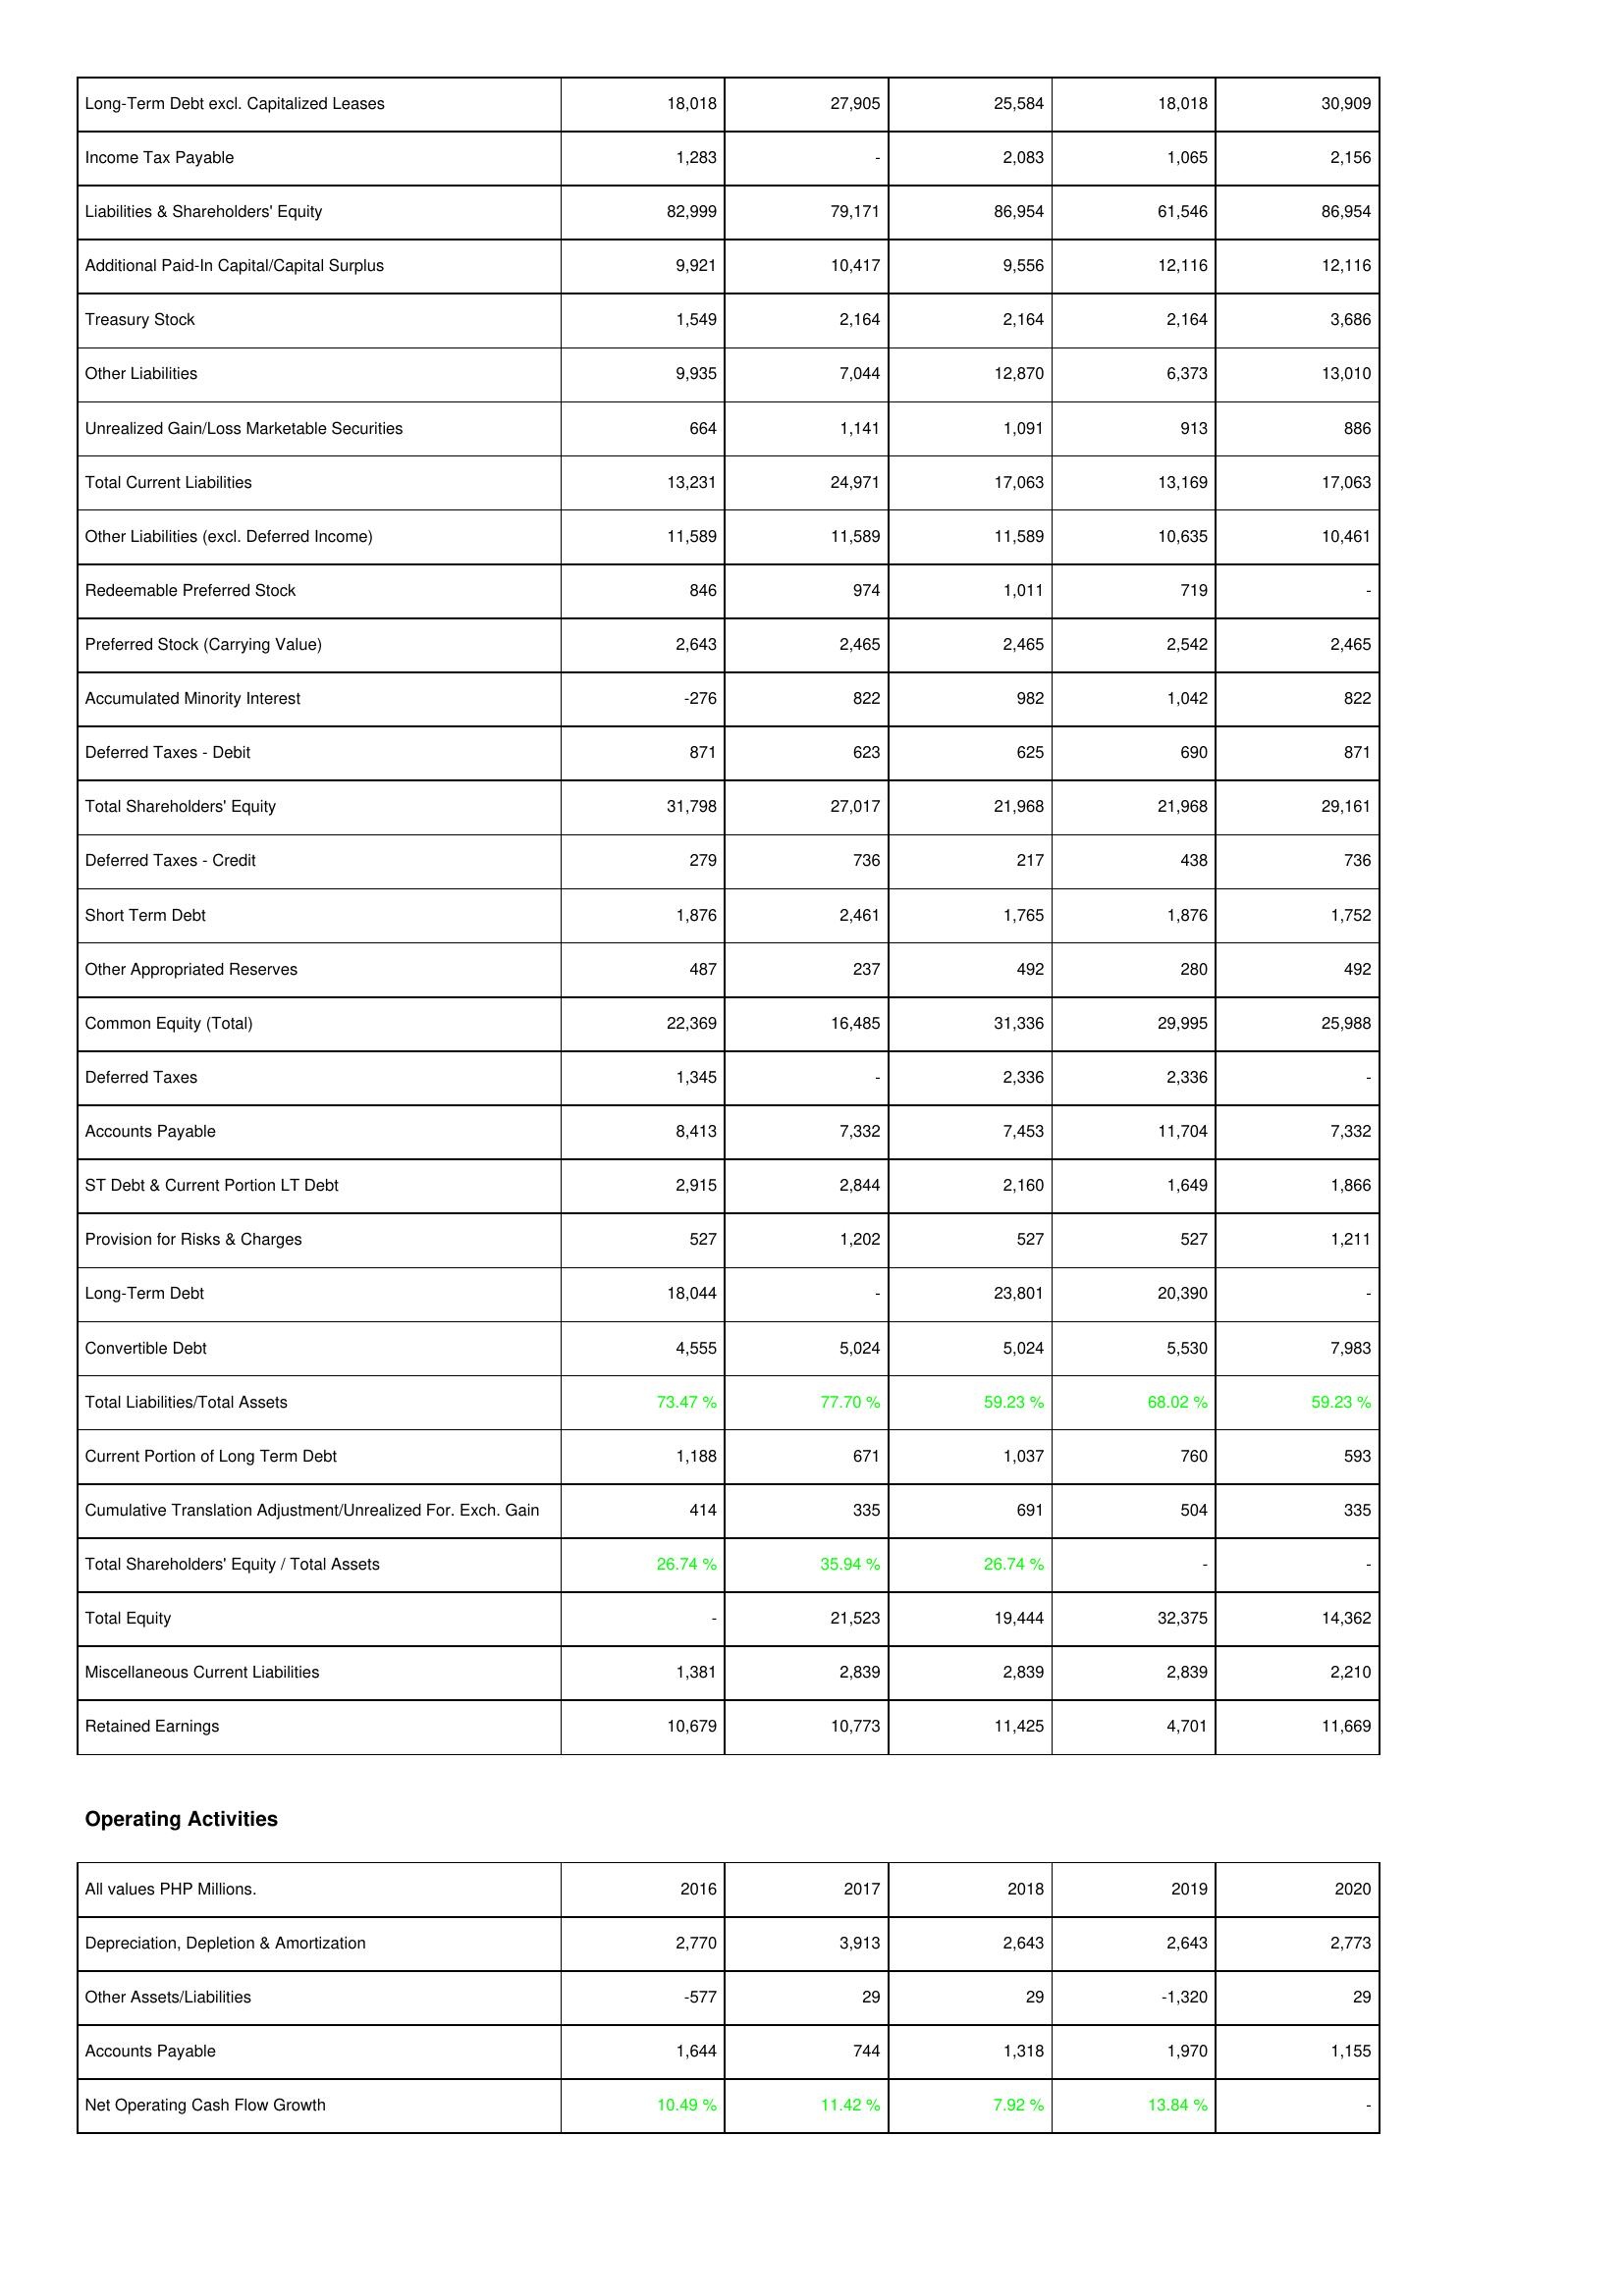
2016: Liabilities & Shareholders' Equity: Long-Term Debt excl. Capitalized Leases: 18,018
Income Tax Payable: 1,283
Liabilities & Shareholders' Equity: 82,999
Additional Paid-In Capital/Capital Surplus: 9,921
Treasury Stock: 1,549
Other Liabilities: 9,935
Unrealized Gain/Loss Marketable Securities: 664
Total Current Liabilities: 13,231
Other Liabilities (excl. Deferred Income): 11,589
Redeemable Preferred Stock: 846
Preferred Stock (Carrying Value): 2,643
Accumulated Minority Interest: -276
Deferred Taxes - Debit: 871
Total Shareholders' Equity: 31,798
Deferred Taxes - Credit: 279
Short Term Debt: 1,876
Other Appropriated Reserves: 487
Common Equity (Total): 22,369
Deferred Taxes: 1,345
Accounts Payable: 8,413
ST Debt & Current Portion LT Debt: 2,915
Provision for Risks & Charges: 527
Long-Term Debt: 18,044
Convertible Debt: 4,555
Total Liabilities/Total Assets: 73.47 %
Current Portion of Long Term Debt: 1,188
Cumulative Translation Adjustment/Unrealized For. Exch. Gain: 414
Total Shareholders' Equity / Total Assets: 26.74 %
Total Equity: -
Miscellaneous Current Liabilities: 1,381
Retained Earnings: 10,679
Operating Activities: Depreciation, Depletion & Amortization: 2,770
Other Assets/Liabilities: -577
Accounts Payable: 1,644
Net Operating Cash Flow Growth: 10.49 %
2017: Liabilities & Shareholders' Equity: Long-Term Debt excl. Capitalized Leases: 27,905
Income Tax Payable: -
Liabilities & Shareholders' Equity: 79,171
Additional Paid-In Capital/Capital Surplus: 10,417
Treasury Stock: 2,164
Other Liabilities: 7,044
Unrealized Gain/Loss Marketable Securities: 1,141
Total Current Liabilities: 24,971
Other Liabilities (excl. Deferred Income): 11,589
Redeemable Preferred Stock: 974
Preferred Stock (Carrying Value): 2,465
Accumulated Minority Interest: 822
Deferred Taxes - Debit: 623
Total Shareholders' Equity: 27,017
Deferred Taxes - Credit: 736
Short Term Debt: 2,461
Other Appropriated Reserves: 237
Common Equity (Total): 16,485
Deferred Taxes: -
Accounts Payable: 7,332
ST Debt & Current Portion LT Debt: 2,844
Provision for Risks & Charges: 1,202
Long-Term Debt: -
Convertible Debt: 5,024
Total Liabilities/Total Assets: 77.70 %
Current Portion of Long Term Debt: 671
Cumulative Translation Adjustment/Unrealized For. Exch. Gain: 335
Total Shareholders' Equity / Total Assets: 35.94 %
Total Equity: 21,523
Miscellaneous Current Liabilities: 2,839
Retained Earnings: 10,773
Operating Activities: Depreciation, Depletion & Amortization: 3,913
Other Assets/Liabilities: 29
Accounts Payable: 744
Net Operating Cash Flow Growth: 11.42 %
2018: Liabilities & Shareholders' Equity: Long-Term Debt excl. Capitalized Leases: 25,584
Income Tax Payable: 2,083
Liabilities & Shareholders' Equity: 86,954
Additional Paid-In Capital/Capital Surplus: 9,556
Treasury Stock: 2,164
Other Liabilities: 12,870
Unrealized Gain/Loss Marketable Securities: 1,091
Total Current Liabilities: 17,063
Other Liabilities (excl. Deferred Income): 11,589
Redeemable Preferred Stock: 1,011
Preferred Stock (Carrying Value): 2,465
Accumulated Minority Interest: 982
Deferred Taxes - Debit: 625
Total Shareholders' Equity: 21,968
Deferred Taxes - Credit: 217
Short Term Debt: 1,765
Other Appropriated Reserves: 492
Common Equity (Total): 31,336
Deferred Taxes: 2,336
Accounts Payable: 7,453
ST Debt & Current Portion LT Debt: 2,160
Provision for Risks & Charges: 527
Long-Term Debt: 23,801
Convertible Debt: 5,024
Total Liabilities/Total Assets: 59.23 %
Current Portion of Long Term Debt: 1,037
Cumulative Translation Adjustment/Unrealized For. Exch. Gain: 691
Total Shareholders' Equity / Total Assets: 26.74 %
Total Equity: 19,444
Miscellaneous Current Liabilities: 2,839
Retained Earnings: 11,425
Operating Activities: Depreciation, Depletion & Amortization: 2,643
Other Assets/Liabilities: 29
Accounts Payable: 1,318
Net Operating Cash Flow Growth: 7.92 %
2019: Liabilities & Shareholders' Equity: Long-Term Debt excl. Capitalized Leases: 18,018
Income Tax Payable: 1,065
Liabilities & Shareholders' Equity: 61,546
Additional Paid-In Capital/Capital Surplus: 12,116
Treasury Stock: 2,164
Other Liabilities: 6,373
Unrealized Gain/Loss Marketable Securities: 913
Total Current Liabilities: 13,169
Other Liabilities (excl. Deferred Income): 10,635
Redeemable Preferred Stock: 719
Preferred Stock (Carrying Value): 2,542
Accumulated Minority Interest: 1,042
Deferred Taxes - Debit: 690
Total Shareholders' Equity: 21,968
Deferred Taxes - Credit: 438
Short Term Debt: 1,876
Other Appropriated Reserves: 280
Common Equity (Total): 29,995
Deferred Taxes: 2,336
Accounts Payable: 11,704
ST Debt & Current Portion LT Debt: 1,649
Provision for Risks & Charges: 527
Long-Term Debt: 20,390
Convertible Debt: 5,530
Total Liabilities/Total Assets: 68.02 %
Current Portion of Long Term Debt: 760
Cumulative Translation Adjustment/Unrealized For. Exch. Gain: 504
Total Shareholders' Equity / Total Assets: -
Total Equity: 32,375
Miscellaneous Current Liabilities: 2,839
Retained Earnings: 4,701
Operating Activities: Depreciation, Depletion & Amortization: 2,643
Other Assets/Liabilities: -1,320
Accounts Payable: 1,970
Net Operating Cash Flow Growth: 13.84 %
2020: Liabilities & Shareholders' Equity: Long-Term Debt excl. Capitalized Leases: 30,909
Income Tax Payable: 2,156
Liabilities & Shareholders' Equity: 86,954
Additional Paid-In Capital/Capital Surplus: 12,116
Treasury Stock: 3,686
Other Liabilities: 13,010
Unrealized Gain/Loss Marketable Securities: 886
Total Current Liabilities: 17,063
Other Liabilities (excl. Deferred Income): 10,461
Redeemable Preferred Stock: -
Preferred Stock (Carrying Value): 2,465
Accumulated Minority Interest: 822
Deferred Taxes - Debit: 871
Total Shareholders' Equity: 29,161
Deferred Taxes - Credit: 736
Short Term Debt: 1,752
Other Appropriated Reserves: 492
Common Equity (Total): 25,988
Deferred Taxes: -
Accounts Payable: 7,332
ST Debt & Current Portion LT Debt: 1,866
Provision for Risks & Charges: 1,211
Long-Term Debt: -
Convertible Debt: 7,983
Total Liabilities/Total Assets: 59.23 %
Current Portion of Long Term Debt: 593
Cumulative Translation Adjustment/Unrealized For. Exch. Gain: 335
Total Shareholders' Equity / Total Assets: -
Total Equity: 14,362
Miscellaneous Current Liabilities: 2,210
Retained Earnings: 11,669
Operating Activities: Depreciation, Depletion & Amortization: 2,773
Other Assets/Liabilities: 29
Accounts Payable: 1,155
Net Operating Cash Flow Growth: -